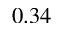
0 . 3 4